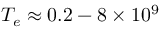
T _ { e } \approx 0 . 2 - 8 \times 1 0 ^ { 9 }